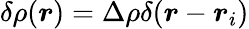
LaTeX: \delta\rho(\boldsymbol{r})=\Delta\rho\delta(\boldsymbol{r}-\boldsymbol{r}_{i})